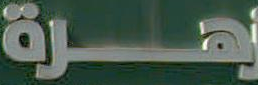
زهرة